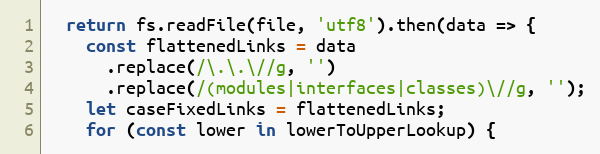
Language: JavaScript
  return fs.readFile(file, 'utf8').then(data => {
    const flattenedLinks = data
      .replace(/\.\.\//g, '')
      .replace(/(modules|interfaces|classes)\//g, '');
    let caseFixedLinks = flattenedLinks;
    for (const lower in lowerToUpperLookup) {